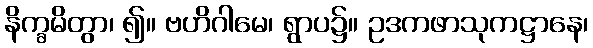
နိက္ခမိတွာ၊ ၍။ ဗဟိဂါမေ၊ ရွာပ၌။ ဥဒကဖာသုကဋ္ဌာနေ၊